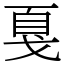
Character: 戛